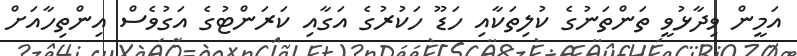
އަމީން ވިދާޅުވީ ތަންތަނުގެ ކުލިތަކާއި ހަޑޫ ހަކުރުގެ އަގާއި ކަރަންޓުގެ އަގުވެސް އިންތިހާއަށް